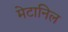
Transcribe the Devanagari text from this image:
मेटानिल